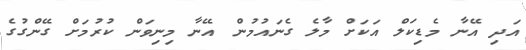
އަދި އޭނާ މެޑިކަލް އަކަށް މާލެ ގެނައުމުން އޭނާ މިނިވަން ކުރުމަށް ގޭންގުގެ